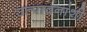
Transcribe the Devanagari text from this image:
उत्पादनांशी